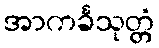
အာကင်္ခသုတ္တံ